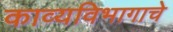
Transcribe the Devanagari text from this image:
काव्यविभागाचे